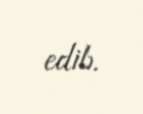
edib.